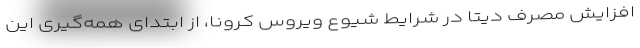
افزایش مصرف دیتا در شرایط شیوع ویروس کرونا، از ابتدای همه‌گیری این